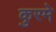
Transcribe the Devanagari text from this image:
कुरमे